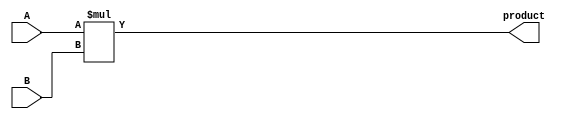
module multiplier_8x8 (
    input [7:0] A,
    input [7:0] B,
    output [15:0] product
);
    assign product = A * B;
endmodule